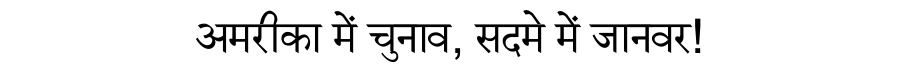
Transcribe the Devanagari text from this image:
अमरीका में चुनाव, सदमे में जानवर!